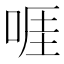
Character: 啀